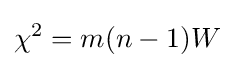
\chi ^{2}=m(n-1)W